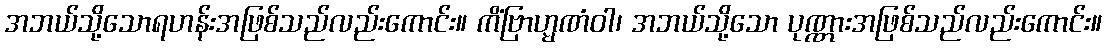
အဘယ်သို့သောရဟန်းအဖြစ်သည်လည်းကောင်း။ ကိံဗြာဟ္မဏံဝါ၊ အဘယ်သို့သော ပုဏ္ဏားအဖြစ်သည်လည်းကောင်း။